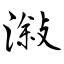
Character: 潊